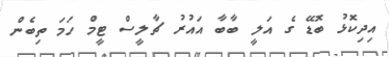
އިދިކޮޅު ބޮޑޭ ގެ އަލީ ބާބާ އައުރު ޗާލީސް ޓީމް ހަމަ ތިބެން